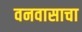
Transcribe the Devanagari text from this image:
वनवासाचा